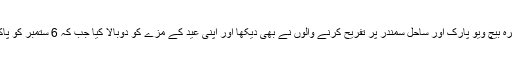
پاک بحریہ کے جوانوں کی پیشہ وارنہ تربیت کا مظاہرہ بیچ ویو پارک اور ساحل سمندر پر تفریح کرنے والوں نے بھی دیکھا اور اپنی عید کے مزے کو دوبالا کیا جب کہ 6 ستمبر کو پاک بحریہ کی جانب سے دفاعی اور بحری اثاثوں کا یہ۔